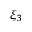
\xi _ { 3 }